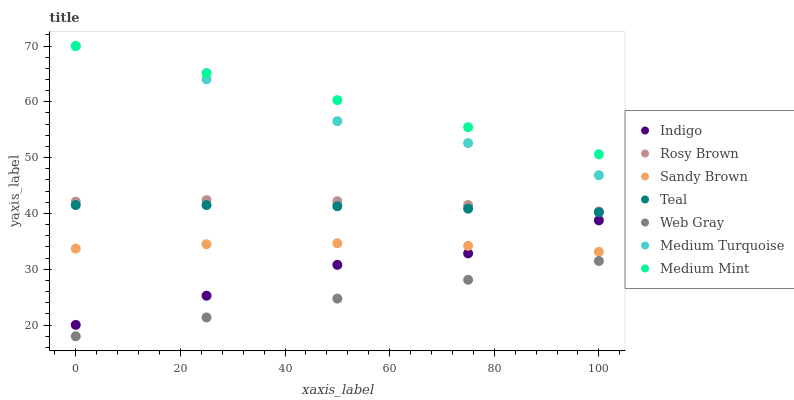
| xaxis_label | Indigo | Rosy Brown | Sandy Brown | Teal | Web Gray | Medium Turquoise | Medium Mint |
 | --- | --- | --- | --- | --- | --- | --- | --- |
 | 0 | 20 | 42.1 | 33.7 | 41.5 | 18 | 70 | 70 |
 | 25 | 25.3 | 42.4 | 34.5 | 41.5 | 21.4 | 64 | 65.2 |
 | 50 | 30.8 | 42.2 | 34.7 | 41.3 | 24.7 | 56.5 | 60.3 |
 | 75 | 32.9 | 41.5 | 34.2 | 40.9 | 28.1 | 52.6 | 55.5 |
 | 100 | 38.8 | 40.4 | 33.1 | 40.2 | 31.5 | 46.9 | 50.6 |